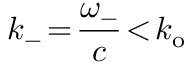
k _ { - } \! = \! \frac { \omega _ { - } } { c } \! < \! k _ { \mathrm { o } }